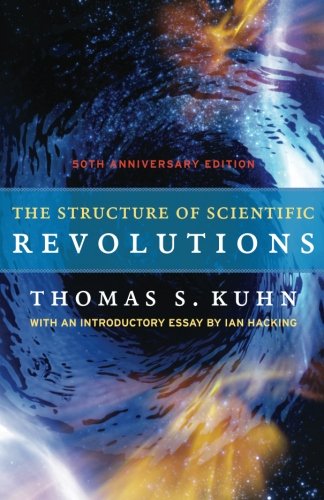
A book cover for The Structure of Scientific Revolutions: 50th Anniversary Edition; Thomas S. Kuhn; Science & Math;